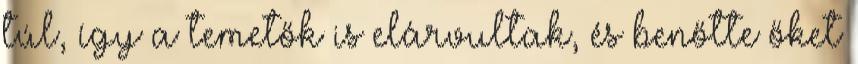
túl, így a temetők is elárvultak, és benőtte őket